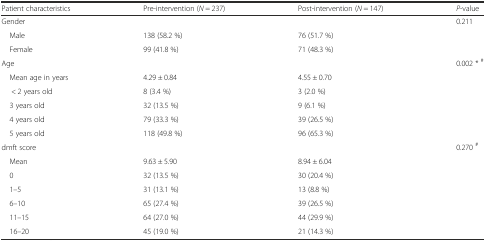
<table><thead><tr><td><b>Patient characteristics</b></td><td><b>Pre-intervention (<i>N</i> = 237)</b></td><td><b>Post-intervention (<i>N</i> = 147)</b></td><td><b><i>P</i>-value</b></td></tr></thead><tbody><tr><td colspan="3">Gender</td><td>0.211</td></tr><tr><td> Male</td><td>138 (58.2 %)</td><td>76 (51.7 %)</td><td>[EMPTY_CELL]</td></tr><tr><td> Female</td><td>99 (41.8 %)</td><td>71 (48.3 %)</td><td>[EMPTY_CELL]</td></tr><tr><td colspan="3">Age</td><td>0.002 * <sup>#</sup></td></tr><tr><td> Mean age in years</td><td>4.29 ± 0.84</td><td>4.55 ± 0.70</td><td>[EMPTY_CELL]</td></tr><tr><td>&lt; 2 years old</td><td>8 (3.4 %)</td><td>3 (2.0 %)</td><td>[EMPTY_CELL]</td></tr><tr><td> 3 years old</td><td>32 (13.5 %)</td><td>9 (6.1 %)</td><td>[EMPTY_CELL]</td></tr><tr><td> 4 years old</td><td>79 (33.3 %)</td><td>39 (26.5 %)</td><td>[EMPTY_CELL]</td></tr><tr><td> 5 years old</td><td>118 (49.8 %)</td><td>96 (65.3 %)</td><td>[EMPTY_CELL]</td></tr><tr><td colspan="3">dmft score</td><td>0.270 <sup>#</sup></td></tr><tr><td> Mean</td><td>9.63 ± 5.90</td><td>8.94 ± 6.04</td><td>[EMPTY_CELL]</td></tr><tr><td> 0</td><td>32 (13.5 %)</td><td>30 (20.4 %)</td><td>[EMPTY_CELL]</td></tr><tr><td> 1–5</td><td>31 (13.1 %)</td><td>13 (8.8 %)</td><td>[EMPTY_CELL]</td></tr><tr><td> 6–10</td><td>65 (27.4 %)</td><td>39 (26.5 %)</td><td>[EMPTY_CELL]</td></tr><tr><td> 11–15</td><td>64 (27.0 %)</td><td>44 (29.9 %)</td><td>[EMPTY_CELL]</td></tr><tr><td> 16–20</td><td>45 (19.0 %)</td><td>21 (14.3 %)</td><td>[EMPTY_CELL]</td></tr></tbody></table>